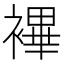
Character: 襅